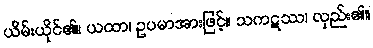
ယိမ်းယိုင်၏။ ယထာ၊ ဥပမာအားဖြင့်။ သကဋဿ၊ လှည်း၏။